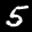
Label: 5